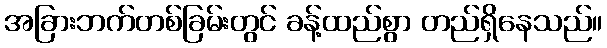
အခြားဘက်တစ်ခြမ်းတွင် ခန့်ထည်စွာ တည်ရှိနေသည်။